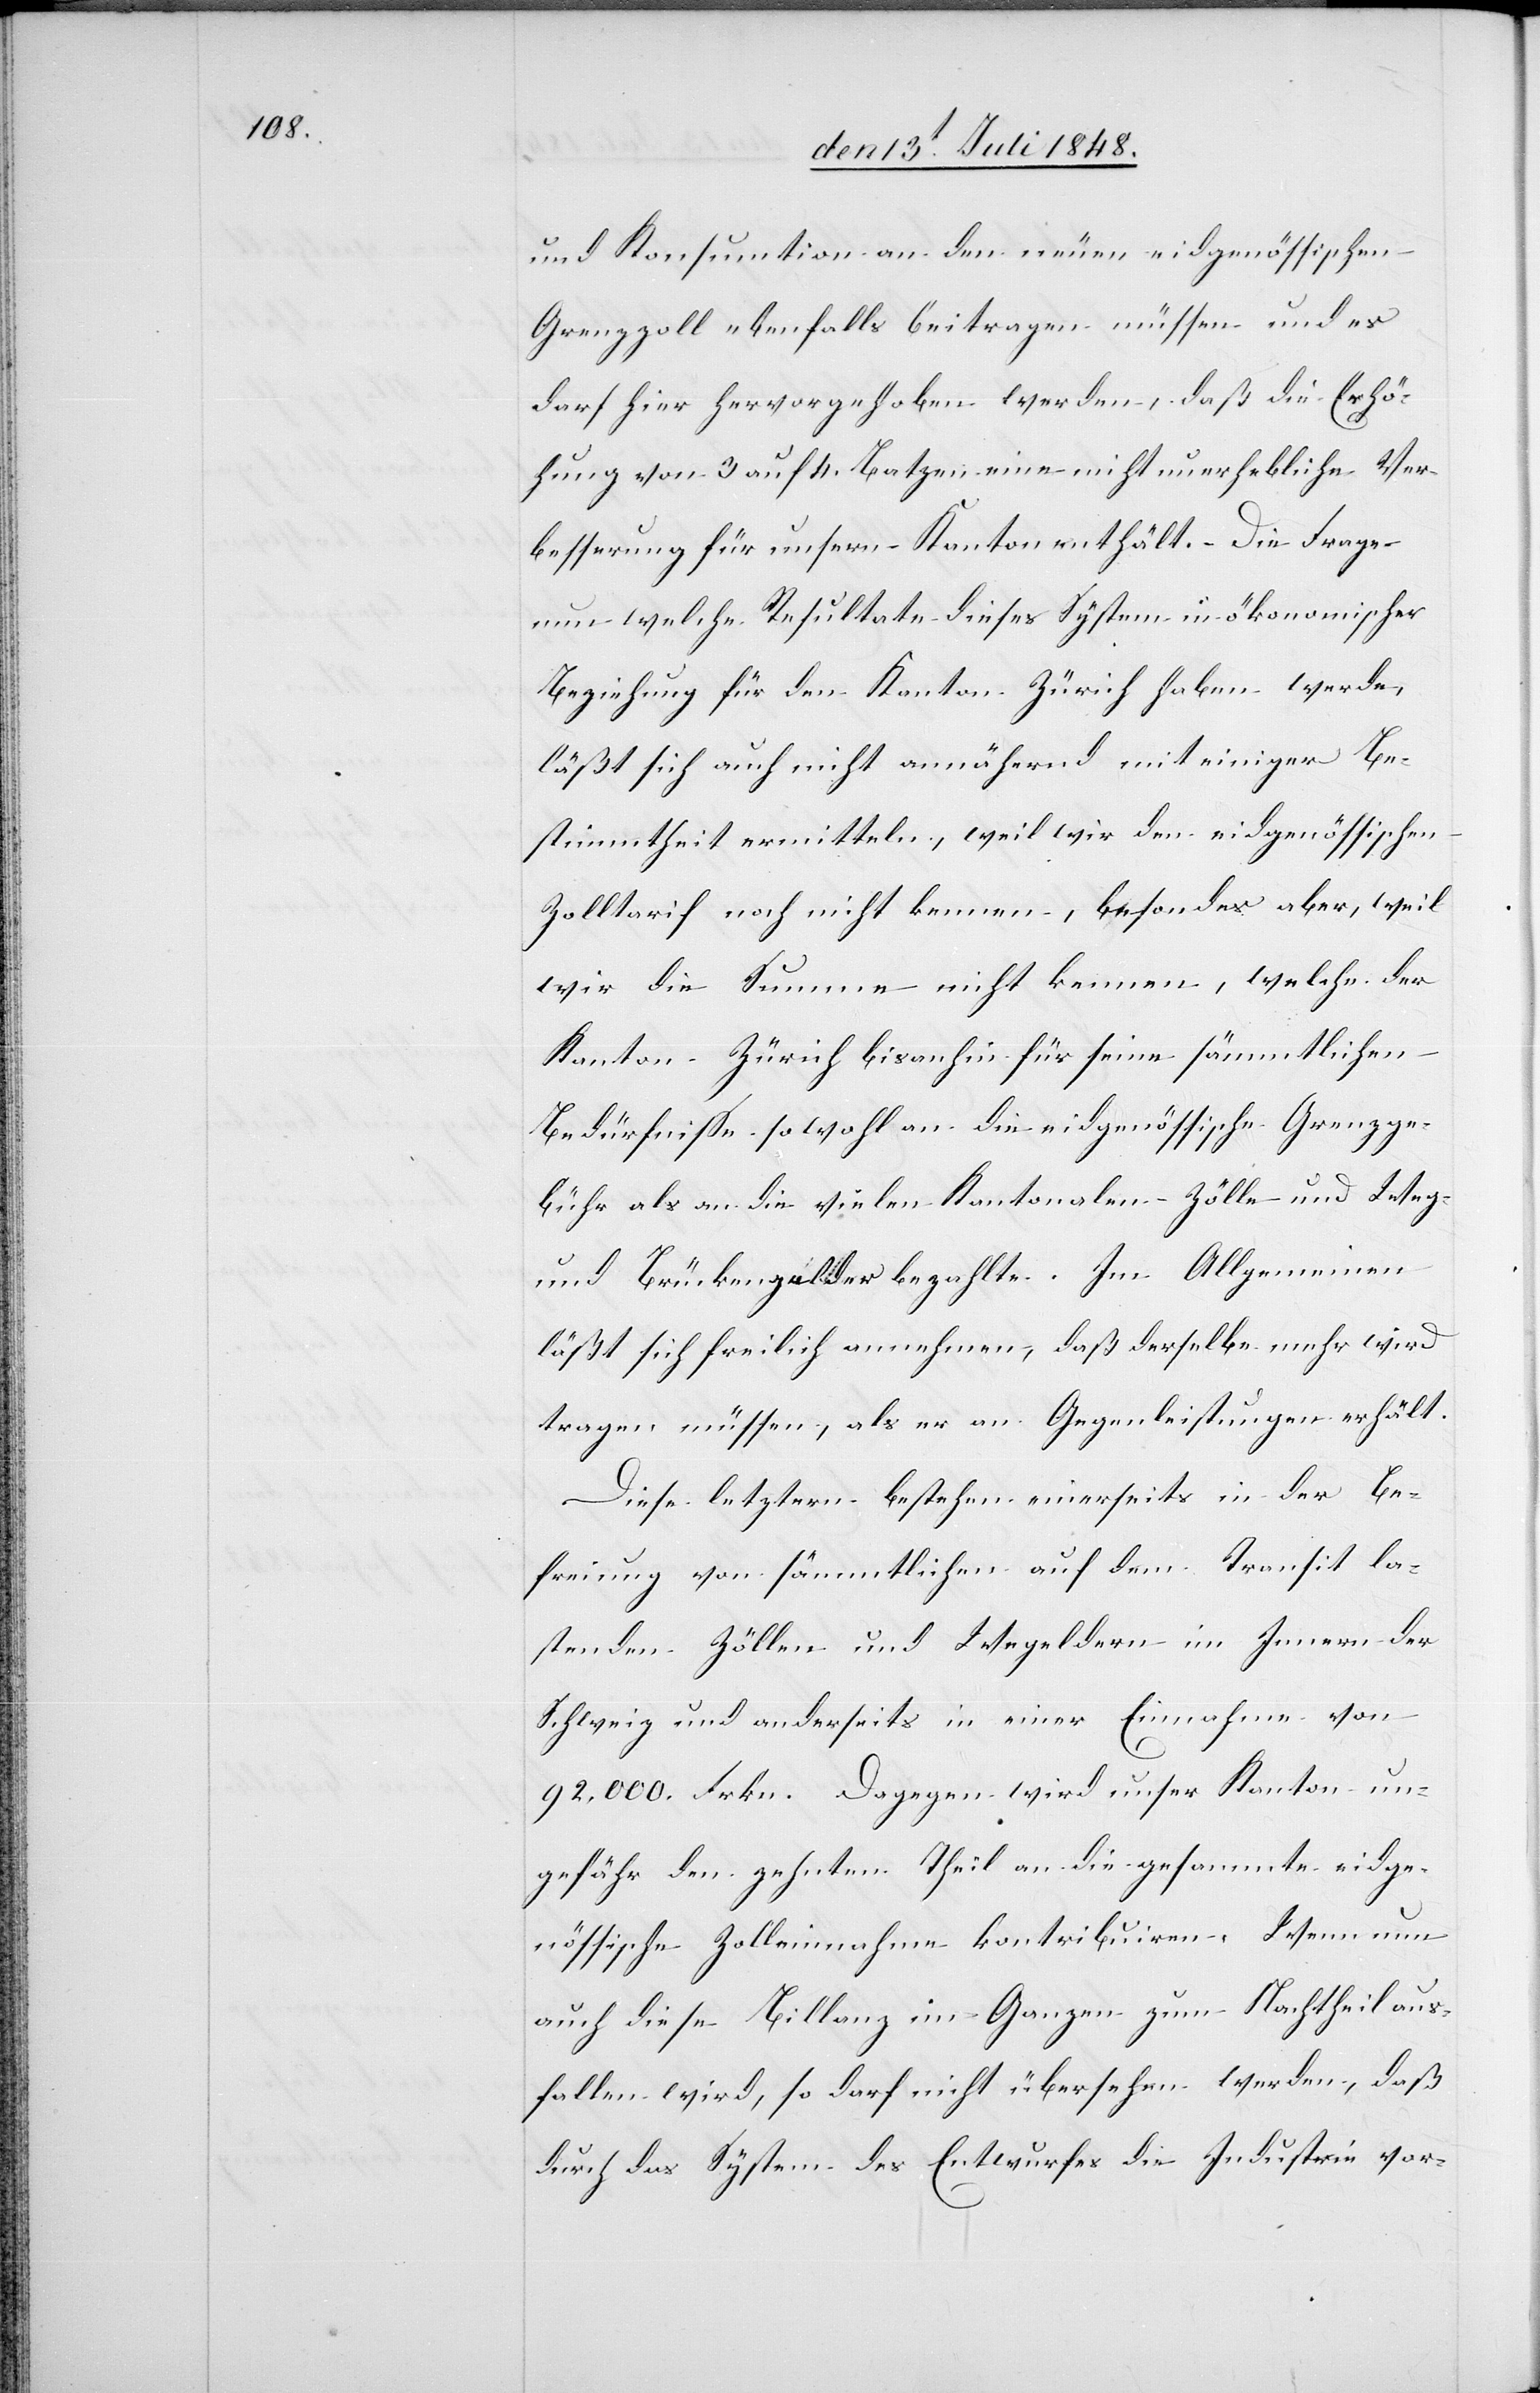
und Konsumtion an den neuen eidgenössischen
Grenzzoll ebenfalls beitragen müssen und es
darf hier hervorgehoben werden, daß die Erhö¬
hung von 3. auf 4. Batzen eine nicht unerhebliche Ver¬
besserung für unsern Kanton enthält. Die Frage
um welche Resultate dieses System in ökonomischer
Beziehung für den Kanton Zürich haben werde,
läßt sich auch nicht annähernd mit einiger Be¬
stimmtheit ermitteln, weil wir den eidgenössischen
Zolltarif noch nicht kennen, besonde[r]s aber, weil
wir die Summe nicht kennen, welche der
Bedürfniße sowohl an die eidgenössische Grenzge¬
bühr als an die vielen Kantonalen Zölle und Weg-
und Brückengelder bezahlte. Im Allgemeinen
läßt sich freilich annehmen, daß derselbe mehr wird
tragen müssen, als er an Gegenleistungen erhält.
Diese letztern bestehen einerseits in der Be¬
freiung von sämmtlichen auf dem Transit la¬
stenden Zöllen und Weggeldern im Innern der
Schweiz und anderseits in einer Einnahme von
92,000. Frkn. Dagegen wird unser Kanton un¬
gefähr den zehnten Theil an die gesammte Eidge¬
nössische Zolleinnahme kontribuiren. Wenn nun
auch diese Billanz im Ganzen zum Nachtheil aus¬
fallen wird, so darf nicht übersehen werden, daß
durch das System des Entwurfes die Industrie vor-